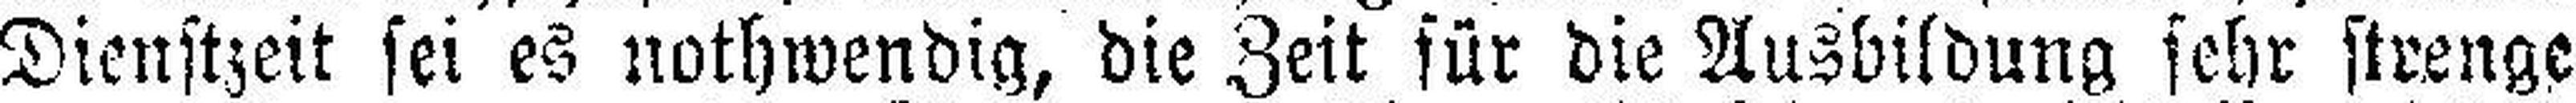
Dienstzeit sei es nothwendig, die Zeit für die Ausbildung sehr strenge